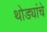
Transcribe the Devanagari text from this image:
थोड्यांचे